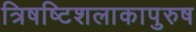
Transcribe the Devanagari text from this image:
त्रिषष्टिशलाकापुरुष